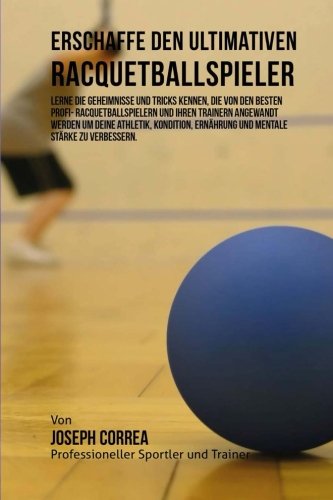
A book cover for Erschaffe den ultimativen Racquetballspieler: Lerne die Geheimnisse und Tricks kennen, die von den besten Profi- Racquetballspielern und ihren ... Starke zu verbessern. (German Edition); Joseph Correa (Profi-Sportler und Trainer); Sports & Outdoors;